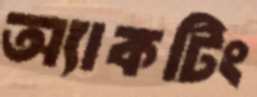
অ্যাকটিং